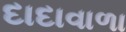
દાદાવાળા